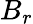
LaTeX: B_{r}